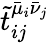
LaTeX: \tilde{t}_{ij}^{\bar{\mu}_{i}\bar{\nu}_{j}}